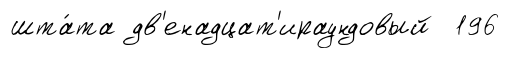
шта́та дв'енадцат'ираундовый 196